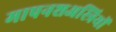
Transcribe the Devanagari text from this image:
मापनशअस्त्रियों